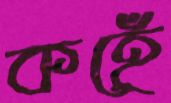
কহেঁ